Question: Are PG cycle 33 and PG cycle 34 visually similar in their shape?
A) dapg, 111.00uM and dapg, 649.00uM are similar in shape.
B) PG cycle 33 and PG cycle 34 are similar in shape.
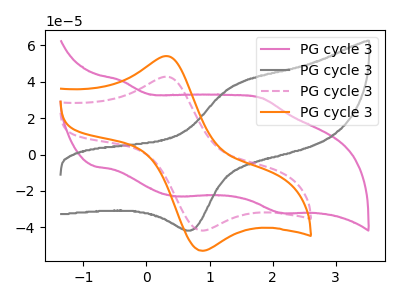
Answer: <think>The pink curve "PG cycle 31" has anodic peaks at (-0.40V, 40.55uA) (1.80V, 31.05uA) and cathodic peaks at (0.45V, -22.95uA) (2.15V, -31.95uA). The gray curve "PG cycle 32" has an anodic peak at (1.40V, 37.85uA) and a cathodic peak at (0.75V, -41.30uA). The pink dashed curve "PG cycle 33" has an anodic peak at (0.35V, 42.65uA) and a cathodic peak at (0.85V, -41.75uA). The orange curve "PG cycle 34" has an anodic peak at (0.35V, 53.95uA) and a cathodic peak at (0.85V, -52.80uA).
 All the peaks in "PG cycle 33" have a peak in "PG cycle 34" at the same potential. Every peak in "PG cycle 33" is lower than every peak in "PG cycle 34".</think>
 <answer>B) "PG cycle 33" and "PG cycle 34" are similar in shape.</answer>
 <eval>B</eval>